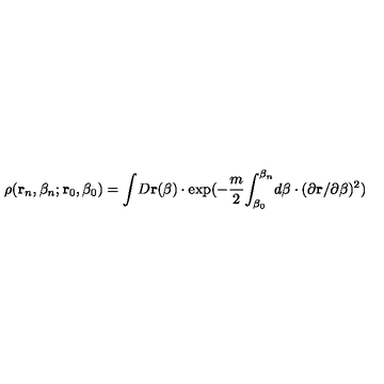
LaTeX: \rho ( { \bf r } _ { n } , \beta _ { n } ; { \bf r } _ { 0 } , \beta _ { 0 } ) = { \int } D { \bf r } ( \beta ) \cdot \exp ( - \frac m 2 { \int _ { \beta _ { 0 } } ^ { \beta _ { n } } } d \beta \cdot ( \partial { \bf r } / \partial \beta ) ^ { 2 } )